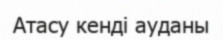
Атасу кенді ауданы